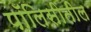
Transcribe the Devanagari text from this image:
पॉलिसीतील